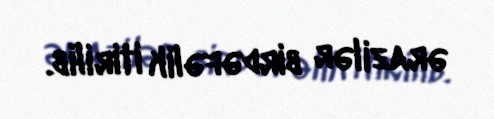
ərazilər birdəfəlik itirilib.